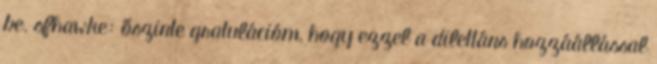
be. sfhawke: őszinte gratulációm, hogy ezzel a dilettáns hozzáállással